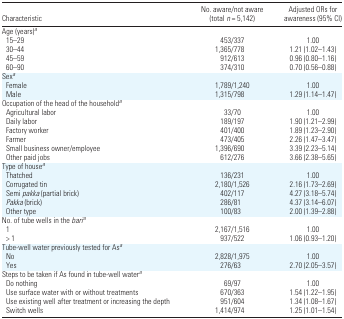
| Characteristic | No. aware/not aware (total n = 5,142) | Adjusted ORs for awareness (95% CI) |
 | --- | --- | --- |
 | Age (years)a |
 | 15–29 | 453/337 | 1.00 |
 | 30–44 | 1,365/778 | 1.21 (1.02–1.43) |
 | 45–59 | 912/613 | 0.96 (0.80–1.16) |
 | 60–90 | 374/310 | 0.70 (0.56–0.88) |
 | Sexa |
 | Female | 1,789/1,240 | 1.00 |
 | Male | 1,315/798 | 1.29 (1.14–1.47) |
 | Occupation of the head of the householda |
 | Agricultural labor | 33/70 | 1.00 |
 | Daily labor | 189/197 | 1.90 (1.21–2.99) |
 | Factory worker | 401/400 | 1.89 (1.23–2.90) |
 | Farmer | 473/405 | 2.26 (1.47–3.47) |
 | Small business owner/employee | 1,396/690 | 3.39 (2.23–5.14) |
 | Other paid jobs | 612/276 | 3.66 (2.38–5.65) |
 | Type of housea |
 | Thatched | 136/231 | 1.00 |
 | Corrugated tin | 2,180/1,526 | 2.16 (1.73–2.69) |
 | Semi pakka (partial brick) | 402/117 | 4.27 (3.18–5.74) |
 | Pakka (brick) | 286/81 | 4.37 (3.14–6.07) |
 | Other type | 100/83 | 2.00 (1.39–2.88) |
 | No. of tube wells in the baria |
 | 1 | 2,167/1,516 | 1.00 |
 | > 1 | 937/522 | 1.06 (0.93–1.20) |
 | Tube-well water previously tested for Asa |
 | No | 2,828/1,975 | 1.00 |
 | Yes | 276/63 | 2.70 (2.05–3.57) |
 | Steps to be taken if As found in tube-well watera |
 | Do nothing | 69/97 | 1.00 |
 | Use surface water with or without treatments | 670/363 | 1.54 (1.22–1.95) |
 | Use existing well after treatment or increasing the depth | 951/604 | 1.34 (1.08–1.67) |
 | Switch wells | 1,414/974 | 1.25 (1.01–1.54) |